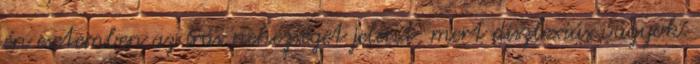
én esetemben az írás nehézséget jelent, mert diszlexiás vagyok.